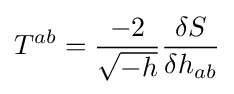
T^{ab}={\frac {-2}{\sqrt {-h}}}{\frac {\delta S}{\delta h_{ab}}}